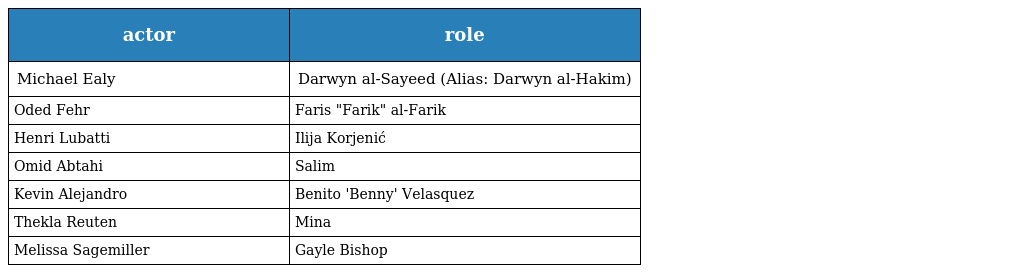
| actor | role |
 | --- | --- |
 | Michael Ealy | Darwyn al-Sayeed (Alias: Darwyn al-Hakim) |
 | Oded Fehr | Faris "Farik" al-Farik |
 | Henri Lubatti | Ilija Korjenić |
 | Omid Abtahi | Salim |
 | Kevin Alejandro | Benito 'Benny' Velasquez |
 | Thekla Reuten | Mina |
 | Melissa Sagemiller | Gayle Bishop |